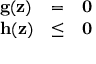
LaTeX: \begin{array} { l c l } { \mathbf { g } ( \mathbf { z } ) } & { = } & { \mathbf { 0 } } \\ { \mathbf { h } ( \mathbf { z } ) } & { \leq } & { \mathbf { 0 } } \end{array}